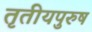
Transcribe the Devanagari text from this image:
तृतीयपुरुष